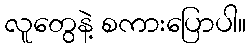
လူတွေနဲ့ စကားပြောပါ။